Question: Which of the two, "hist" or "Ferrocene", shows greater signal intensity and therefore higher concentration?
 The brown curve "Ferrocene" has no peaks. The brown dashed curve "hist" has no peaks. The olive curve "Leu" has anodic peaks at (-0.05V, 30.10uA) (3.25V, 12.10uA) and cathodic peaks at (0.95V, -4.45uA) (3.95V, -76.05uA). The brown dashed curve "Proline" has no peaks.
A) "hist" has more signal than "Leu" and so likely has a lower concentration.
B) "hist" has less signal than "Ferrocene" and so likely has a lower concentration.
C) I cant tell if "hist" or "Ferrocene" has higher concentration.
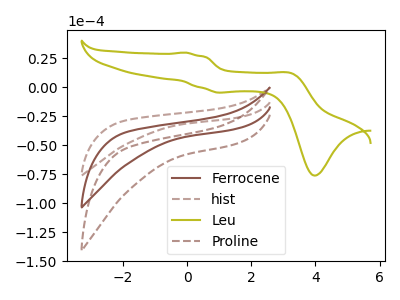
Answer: <think>Neither "hist" or "Ferrocene" have any peaks.
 </think>
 <answer>C) I cant tell if "hist" or "Ferrocene" has higher concentration.</answer>
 <eval>C</eval>